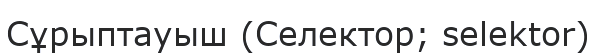
Сұрыптауыш (Селектор; selektor)